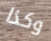
وكذا